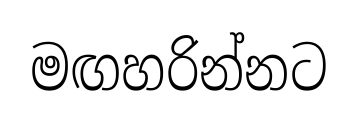
මඟහරින්නට